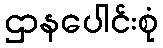
ဌာနပေါင်းစုံ